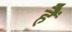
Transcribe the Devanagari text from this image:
हैें